Vaccination in Bombay 1869-1873 - 1869-1873
Year: 1869
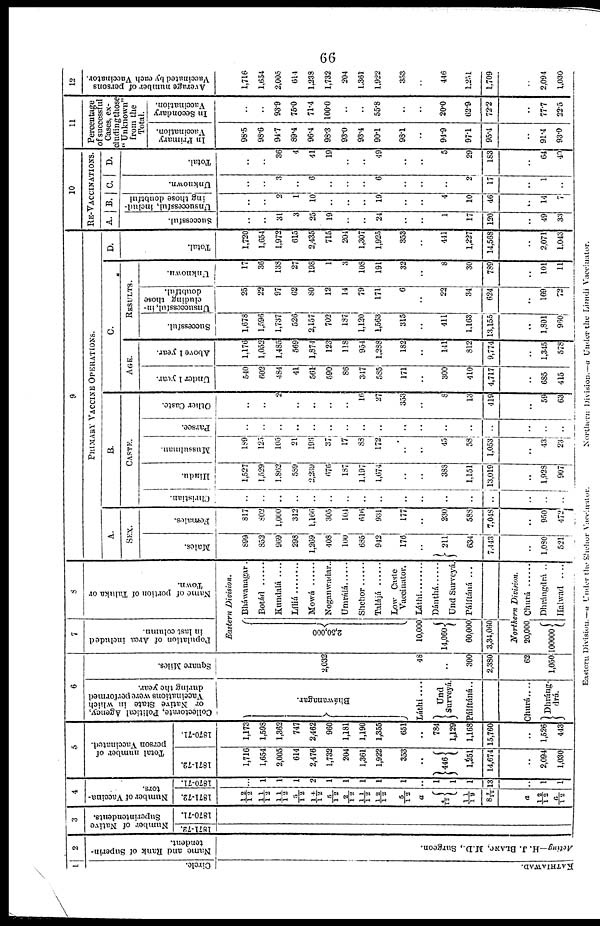
66
1
Circle.
KATHIAWAD.
2
Name and Rank of Superin-
tendent.
Acting—H. J. BLANC. M.D., Surgeon.
3
Number of Native
Superintendents.
1871-72.
1870-71.
4
Number of Vaccina-
tors.
1871-72.
12/12
11/12
11/12
5/12
14/12
5/12
2/12
11/12
12/12
5/12
a
4/12
11/19
8 7/12
a
12/12
6/12
1870-71.
..
1
1
1
2
1
1
1
1
1
..
1
1
1
13
..
1
1
5
Total number of
person Vaccinated.
1871-72.
1,716
1,654
2,005
614
2,476
1,732
204
1,361
1,922
353
..
446
1,251
14,674
..
2,094
1,030
1870-71.
1,173
1,598
1,362
747
2,462
960
1,181
1,190
1,355
651
..
784
1,129
1,168
15,760
..
1,526
443
6
Collectorate, Political Agency,
or Native State in which
Vaccinations were performed
during the year.
Bháwanagar.
Láthi ....
Und
Surveyá.
Pálítáná..
Churá....
Dhráng¬
drá.
Square Miles.
2,032
48
..
300
2,380
62
1,050
7
Population of Area included
in last column.
8
Name of portion of Taluka or
Town.
Eastern
Division.
2,50,000
10,000
14,060
60,000
3,34,060
Bháwanagar.
Botád ......
Kundalá
....
Líliá ........
Mowá .....
Noganwadar..
Umrálá ......
Shehor ......
Talájá
Low Caste
Vaccinator.
Láthi
Dánthá ......
Und Surveyá.
Pálítáná ...
Northern
Division.
20,000
100000
Churá
Dhrángdrá ..
Halwad
....
9
PRIMARY VACCINE OPERATIONS.
A.
SEX.
Males.
899
852
969
298
1,269
408
100
635
942
176
..
211
634
7,443
..
1,030
521
Females.
817
802
1,000
312
1,166
305
104
616
931
177
..
230
588
7,048
..
950
472
B.
CASTE.
Christian.
..
..
..
..
..
..
..
..
..
..
..
..
..
..
..
..
..
Hindu.
1,527
1,529
1,862
589
2,239
676
187
1,197
1,674
..
..
388
1,151
13,019
..
1,923
907
Mussulman.
189
125
105
21
196
37
17
88
172
..
..
45
58
1,053
..
43
23
Parsee.
..
..
..
..
..
..
..
..
..
..
..
..
..
..
..
..
..
Other Caste.
..
..
2
..
..
..
..
16
27
353
..
8
13
419
..
59
63
C.
AGE.
Under 1 year.
540
602
484
41
561
590
86
347
585
171
..
300
410
4,717
..
685
415
Above 1 year.
1,176
1,052
1,485
569
1,874
123
118
951
1,288
182
..
141
812
9,774
..
1,345
578
RESULTS.
Successful.
1,678
1,596
1,737
526
2,157
702
187
1,120
1,563
315
..
411
1,163
13,155
..
1,801
960
Unsuccessful, in-
cluding those
doubtful.
25
23
97
62
80
12
14
79
171
6
..
22
34
624
..
169
72
Unknown.
17
36
138
27
198
1
3
108
191
32
..
8
30
789
..
101
11
D.
Total.
1,720
1,654
1,972
615
2,435
715
204
1,307
1,925
353
..
441
1,227
14,568
..
2,071
1,043
10
RE-VACCINATIONS.
A.
Successful.
..
..
31
3
25
19
..
..
24
..
..
1
17
120
..
49
33
B.
Unsuccessful, includ-
ing those doubtful
..
..
2
1
10
..
..
..
19
..
..
4
10
46
..
14
7
C
Unknown.
..
..
3
..
6
..
..
..
6
..
..
..
..
17
..
1
..
D.
Total.
..
..
36
4
41
19
..
..
49
..
..
5
29
183
..
64
40
11
Percentage
of successful
Cases, ex-
cluding those
" Unknown"
from the
Total.
In Primary
Vaccination.
98.5
98.6
94.7
89.4
96.4
98.3
93.0
93.4
90.1
98.1
..
94.9
97.1
95.4
..
91.4
93.0
In Secondary
Vaccination.
..
..
93.9
75.0
71.4
100.0
..
..
55.8
..
..
20.0
62.9
72.2
..
77.7
22.5
12
Average number of persons
Vaccinated by each Vaccinator.
1,716
1,654
2,005
614
1,238
1,732
204
1,361
1,922
353
..
446
1,251
1,709
..
2,094
1,030
Eastern Division.—a Under the Shehor Vaccinator.
Northern Division.—a Under the Limdi Vaccinator.